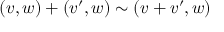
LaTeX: ( v , w ) + ( v ^ { \prime } , w ) \sim ( v + v ^ { \prime } , w )